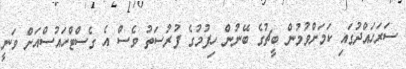
ސަރަހައްދުގައި ކަމަށްވުމުން ބީޗުގެ ބޭނުން ހިފުމުގެ ފުރުސަތު ވެސް އެ ގެސްޓްހައުސްއަށް ވަނީ